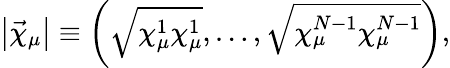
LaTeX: \left|\vec{\chi}_{\mu}\right|\equiv\left(\sqrt{\chi_{\mu}^{1}\chi_{\mu}^{1}},\ldots,\sqrt{\chi_{\mu}^{N-1}\chi_{\mu}^{N-1}}\right),